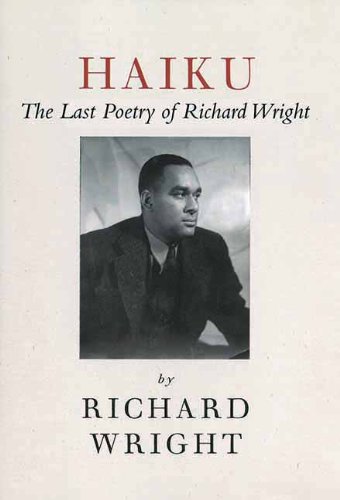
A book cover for Haiku: The Last Poems of an American Icon; Richard Wright; Literature & Fiction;